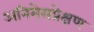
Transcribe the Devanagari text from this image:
अनिमेसप्रेक्षण